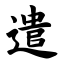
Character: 遣